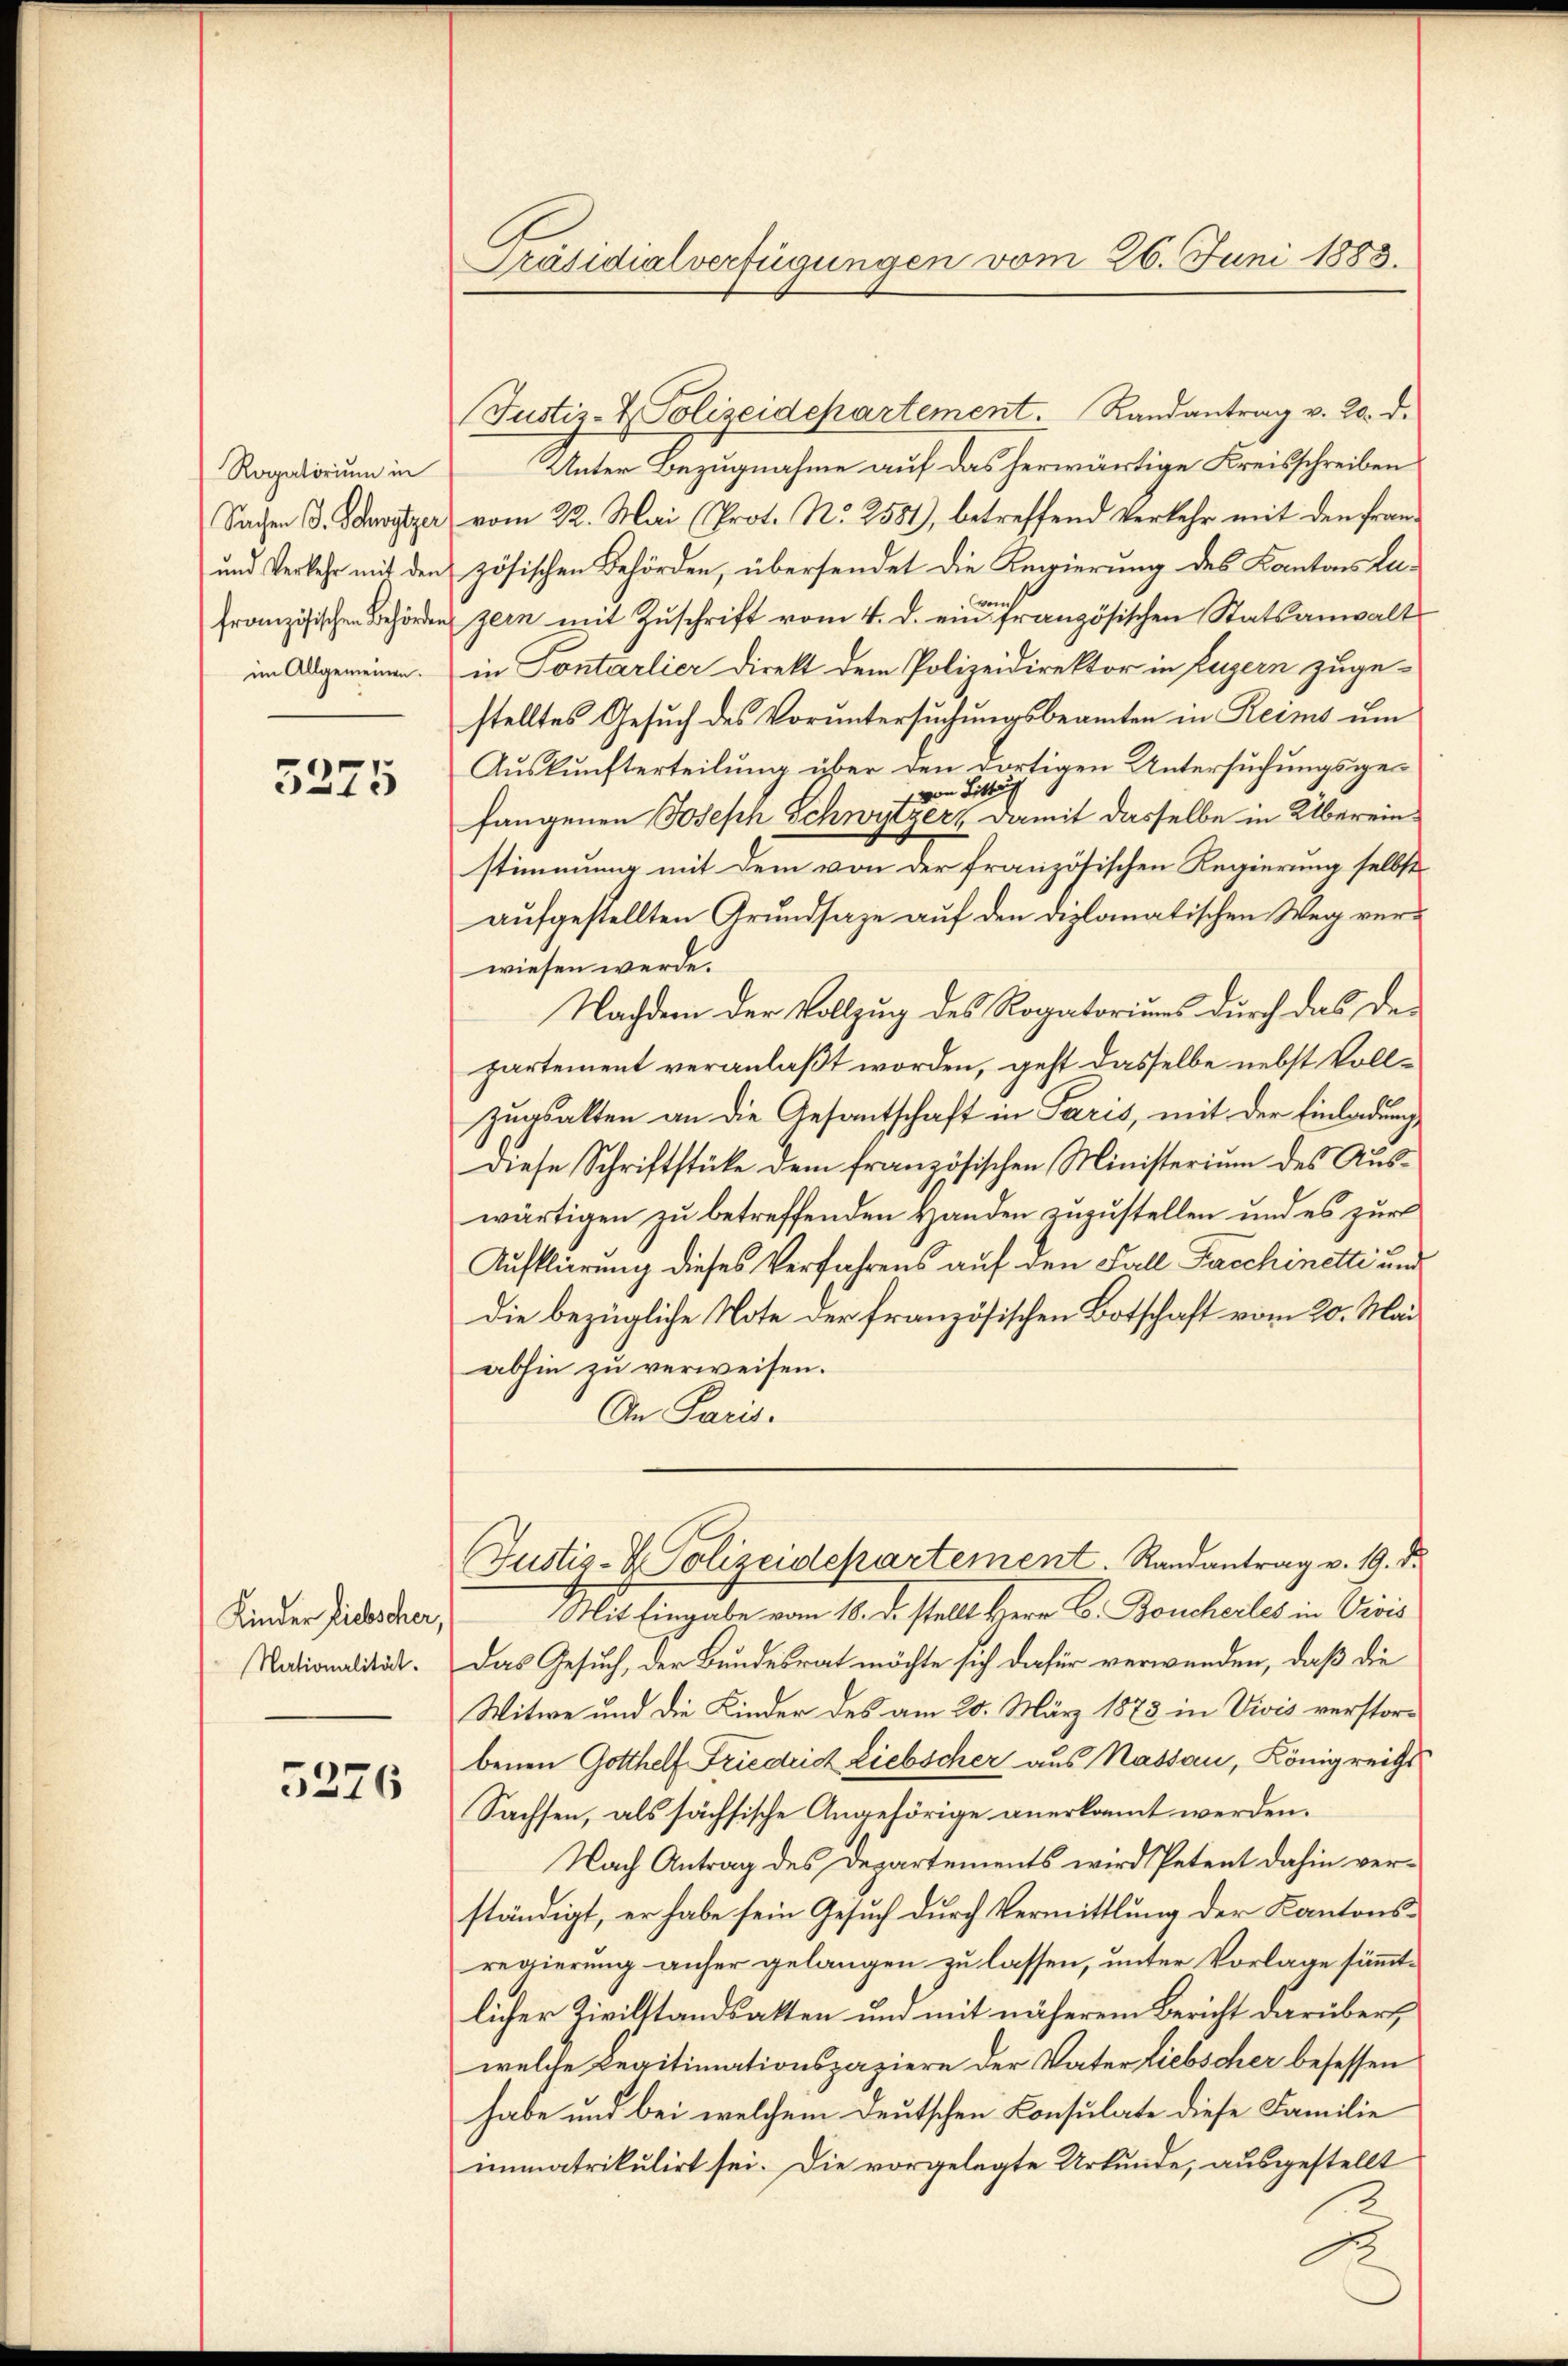
Rogatorium in
Sachen S. Schwytzer
und Verkehr mit den
französischen Behörden
im Allgemeinen.

5275

Kinder Liebscher,
Nationalität.

5276

Präsidialverfügungen vom 26. Juni 1883.

(Justiz- & Polizeidepartement. Randantrag v. 20. d.
Unter Bezugnahme auf das herwärtige Kreisschreiben
vom 22. Mai (Prot. No 2581), betreffend Verkehr mit den Französischen Behörden, übersendet die Regierung des Kantons Lazern mit Zuschrift vom 4. d. einer französischen Statsanwalt
in Sontarlier Direkt dem Polizeidirektor in Luzern zuge-
stelltes Gesuch des Voruntersuchungsbeamten in Reims um
Auskunfterteilung über den dortigen Untersuchungsgevon Littung
fangenen Joseph Schwytzer, damit dasselbe in Übereinstimmung mit dem von der französischen Regierung selbst
aufgestellten Grundsaze auf den diplomatischen Weg verwiesen werde.
Nachdem der Vollzug des Rogatoriums durch das Departement veranlaßt worden, geht dasselbe nebst Vollzugsakten an die Gesantschaft in Paris, mit der Einladung
Diese Schriftstücke dem französischen Ministerium des Auswärtigen zu betreffenden Handen zuzustellen und es zur
Aufklärung dieses Verfahrens auf den Fall Kaschinetti und
Die bezügliche Note der französischen Botschaft vom 20. Mai
abhin zu verweisen.
An Paris.
Justiz- & Polizeidepartement. Randantrag v. 19. d.
Mit Eingabe vom 18. d. stellt Herr C. Boucheiles in Visis
Das Gesuch, der Bundesrat möchte sich dafür verwenden, daß die
Witwe und die Kinder des am 20. März 1873 in Vivis verstorbenen Gotthelf Friedrich Liebscher aus Nassau, Königreichs
Sachsen, als sächsische Angehörige anerkannt werden.
Nach Antrag des Departements wird Petent dahin verständigt, er habe sein Gesuch durch Vermittlung der Kantonsregierung anher gelangen zu lassen, unter Vorlage sämmt-
licher Zivilstandsatten und mit näherem Bericht darübers
welche Legitimationspaziere der Vater Liebscher besessen
habe und bei welchem deutschen Consulate diese Familie
immatrikulirt sei. Die vorgelegte Urkunde, ausgestellt
2